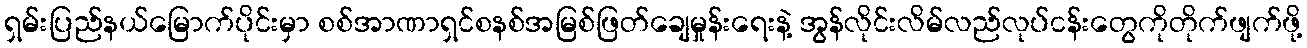
ရှမ်းပြည်နယ်မြောက်ပိုင်းမှာ စစ်အာဏာရှင်စနစ်အမြစ်ဖြတ်ချေမှုန်းရေးနဲ့ အွန်လိုင်းလိမ်လည်လုပ်ငန်းတွေကိုတိုက်ဖျက်ဖို့